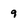
Character: 9